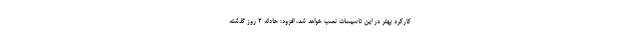
کارکرد بهتر در این تاسیسات نصب خواهد شد، افزود: حادثه ۲ روز گذشته